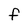
Character: F